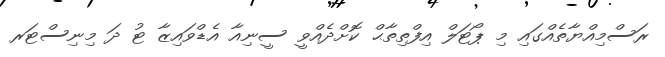
ރަސްމިއްޔާތެއްގައި މި ޕޯޓަލް އިފްތިތާޙް ކޮށްދެއްވީ ސީނިއާ އެޑްވައިޒާ ޓު ދަ މިނިސްޓަރ